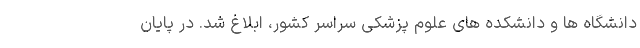
دانشگاه ها و دانشکده های علوم پزشکی سراسر کشور، ابلاغ شد. در پایان